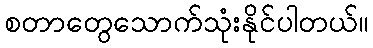
စတာတွေသောက်သုံးနိုင်ပါတယ်။